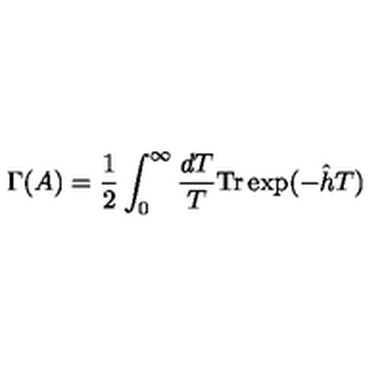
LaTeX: \Gamma ( A ) = \frac { 1 } { 2 } \int _ { 0 } ^ { \infty } \frac { d T } { T } \mathrm { T r } \exp ( - \hat { h } T )